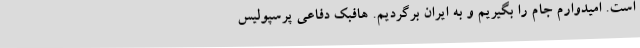
است. امیدوارم جام را بگیریم و به ایران برگردیم. هافبک دفاعی پرسپولیس